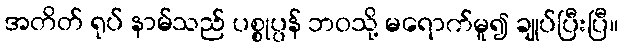
အတိတ် ရုပ် နာမ်သည် ပစ္စုပ္ပန် ဘဝသို့ မရောက်မူ၍ ချုပ်ပြီးပြီ။